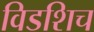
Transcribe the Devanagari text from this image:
विडशिच